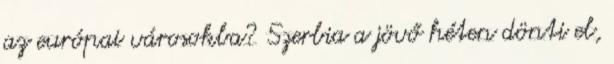
az európai városokba? Szerbia a jövő héten dönti el,